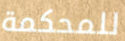
للمحكمة